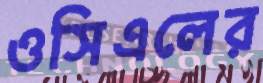
ওসিএলের